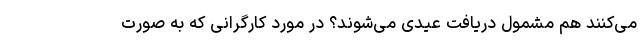
می‌کنند هم مشمول دریافت عیدی می‌شوند؟ در مورد کارگرانی که به صورت